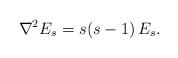
LaTeX: \begin{align*}{\nabla^2 E_s = s(s-1) \, E_s.}\end{align*}